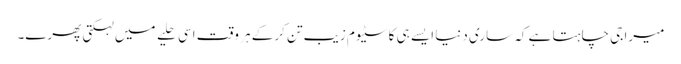
میرا جی چاہتا ہے کہ ساری دنیا ایسے ہی کاسٹیوم زیب تن کرکے ہر وقت اسی حلیے میں لہکتی پھرے۔